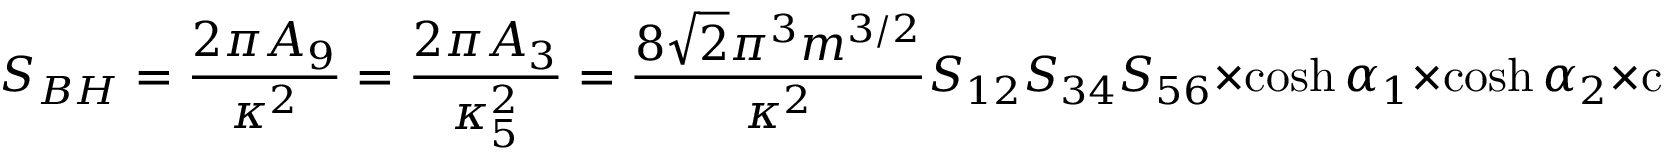
S _ { B H } = \frac { 2 \pi A _ { 9 } } { \kappa ^ { 2 } } = \frac { 2 \pi A _ { 3 } } { \kappa _ { 5 } ^ { 2 } } = \frac { 8 \sqrt { 2 } \pi ^ { 3 } m ^ { 3 / 2 } } { \kappa ^ { 2 } } S _ { 1 2 } S _ { 3 4 } S _ { 5 6 } \times \cosh \alpha _ { 1 } \times \cosh \alpha _ { 2 } \times \cosh \alpha _ { 3 }